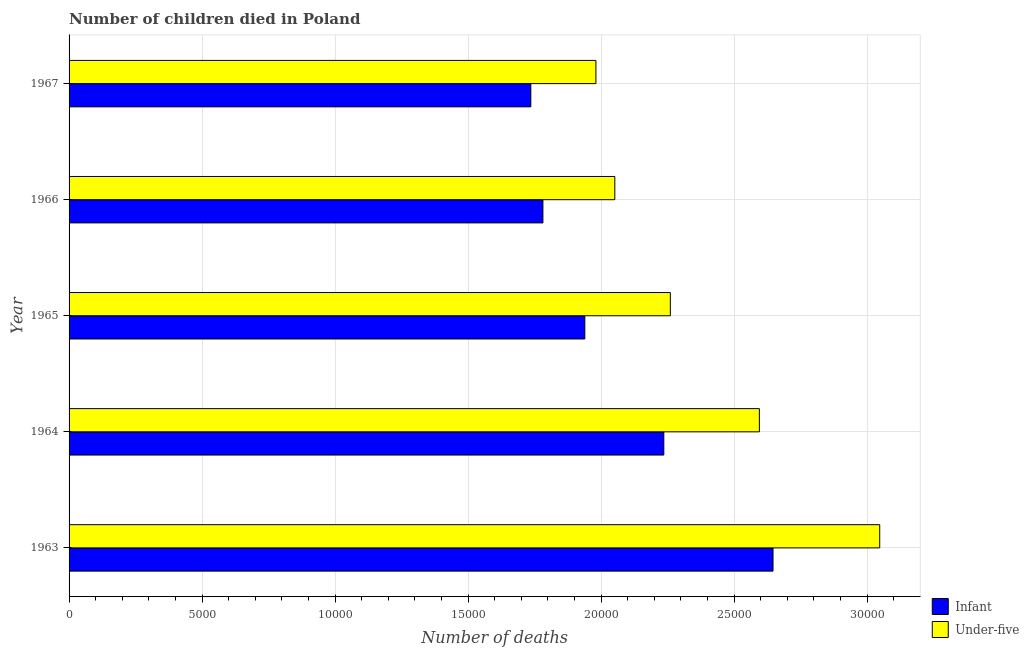
| Year | Infant | Under-five |
 | --- | --- | --- |
 | 1963 | 2.65e+04 | 3.05e+04 |
 | 1964 | 2.24e+04 | 2.59e+04 |
 | 1965 | 1.94e+04 | 2.26e+04 |
 | 1966 | 1.78e+04 | 2.05e+04 |
 | 1967 | 1.74e+04 | 1.98e+04 |